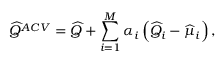
\widehat { Q } ^ { A C V } = \widehat { Q } + \sum _ { i = 1 } ^ { M } \alpha _ { i } \left( \widehat { Q } _ { i } - \widehat { \mu } _ { i } \right) ,